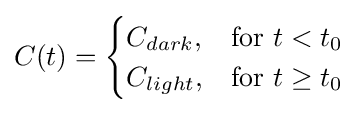
C(t)={\begin{cases}C_{dark},&{\text{for }}t<t_{0}\\C_{light},&{\text{for }}t\geq t_{0}\end{cases}}